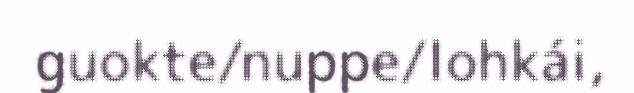
guokte/nuppe/lohkái,